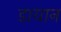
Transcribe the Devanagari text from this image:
डायान